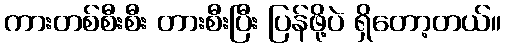
ကားတစ်စီးစီး တားစီးပြီး ပြန်ဖို့ပဲ ရှိတော့တယ်။